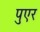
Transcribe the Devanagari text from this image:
पुएर